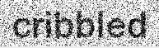
cribbled